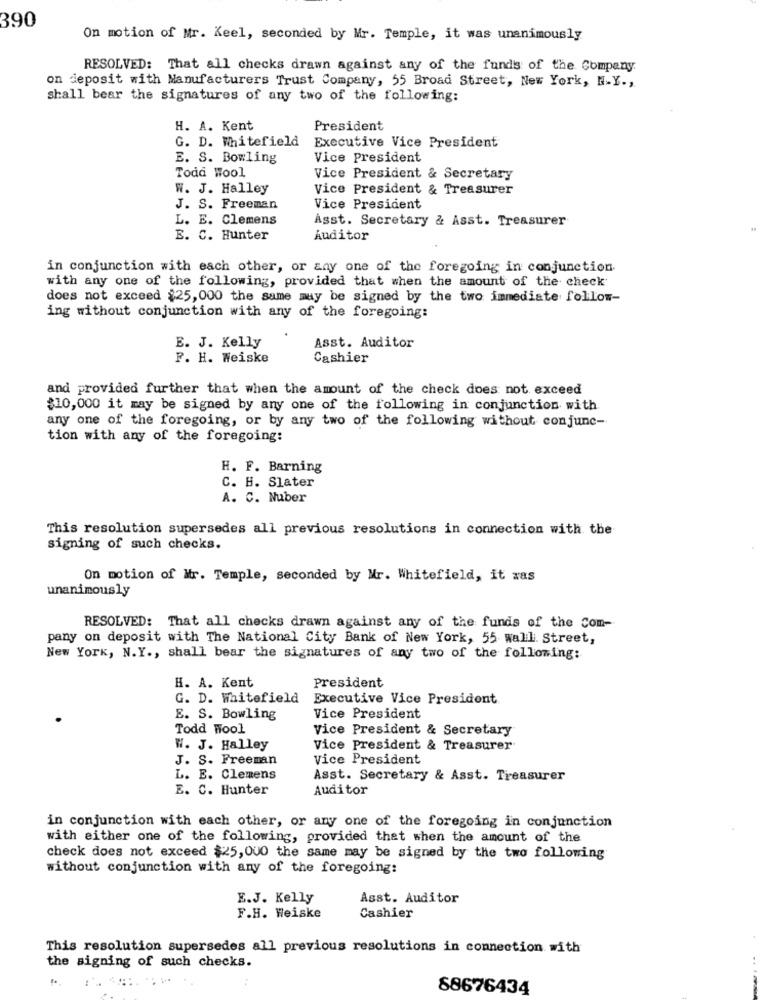
390
On motion of Mr. Keel, seconded by Mr. Temple, it was unanimously
RESOLVED: That all checks drawn against any of the funds of the Company
on deposit with Manufacturers Trust Company, 55 Broad Street, New York, N.Y .,
shall bear the signatures of any two of the following:
H. A. Kent
President
G. D. Whitefield
Executive Vice President
E. S. Bowling
Vice President
Toda Wool
Vice President & Secretary
W. J. Halley
Vice President & Treasurer
J. S. Freeman
Vice President
L. E. Clemens
Asst. Secretary & Asst. Treasurer
E. C. Hunter
Auditor
in conjunction with each other, or any one of the foregoing in conjunction
with any one of the following, provided that when the amount of the check
does not exceed $25,000 the same may be signed by the two immediate follow-
ing without conjunction with any of the foregoing:
E. J. Kelly
Asst. Auditor
F. H. Weiske
Cashier
and provided further that when the amount of the check does not exceed
$10,000 it may be signed by any one of the following in conjunction with
any one of the foregoing, or by any two of the following without conjunc-
tion with any of the foregoing:
H. F. Barning
C. H. Slater
A. C. Nuber
This resolution supersedes all previous resolutions in connection with the
signing of such checks.
On motion of Mr. Temple, seconded by Mr. Whitefield, it xas
unanimously
RESOLVED: That all checks drawn against any of the funds of the Com-
pany on deposit with The National City Bank of New York, 55 wall Street,
New York, N.Y ., shall bear the signatures of any two of the following:
H. A. Kent
President
G. D. Whitefield
Executive Vice President
E. S. Bowling
Vice President
Todd Wool
Vice President & Secretary
W. J. Halley
Vice President & Treasurer
J. S. Freeman
Vice President
L. E. Clemens
Asst. Secretary & Asst. Treasurer
E. C. Hunter
Auditor
in conjunction with each other, or any one of the foregoing in conjunction
with either one of the following, provided that when the amount of the
check does not exceed $25,000 the same may be signed by the two following
without conjunction with any of the foregoing:
E.J. Kelly
Asst. Auditor
F.H. Weiske
Cashier
This resolution supersedes all previous resolutions in connection with
the signing of such checks.
88676434